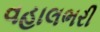
વહાલભરી